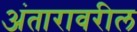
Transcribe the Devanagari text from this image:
अंतारावरील